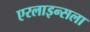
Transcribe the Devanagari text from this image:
एरलाइन्सला